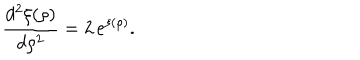
LaTeX: \frac { d ^ { 2 } \xi ( \rho ) } { d \rho ^ { 2 } } = 2 \, e ^ { \xi ( \rho ) } .